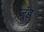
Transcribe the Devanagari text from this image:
जुंड